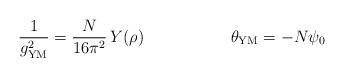
LaTeX: \begin{align*} \frac{1}{g_{\rm YM}^2} = \frac{N}{16 \pi^2} \,Y(\rho) \ \ \ \ \ \ \ \ \ \ \ \ \ \ \ \ \theta_{\rm YM}=-N\psi_0\end{align*}